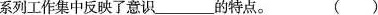
系列工作集中反映了意识___的特点。 ()